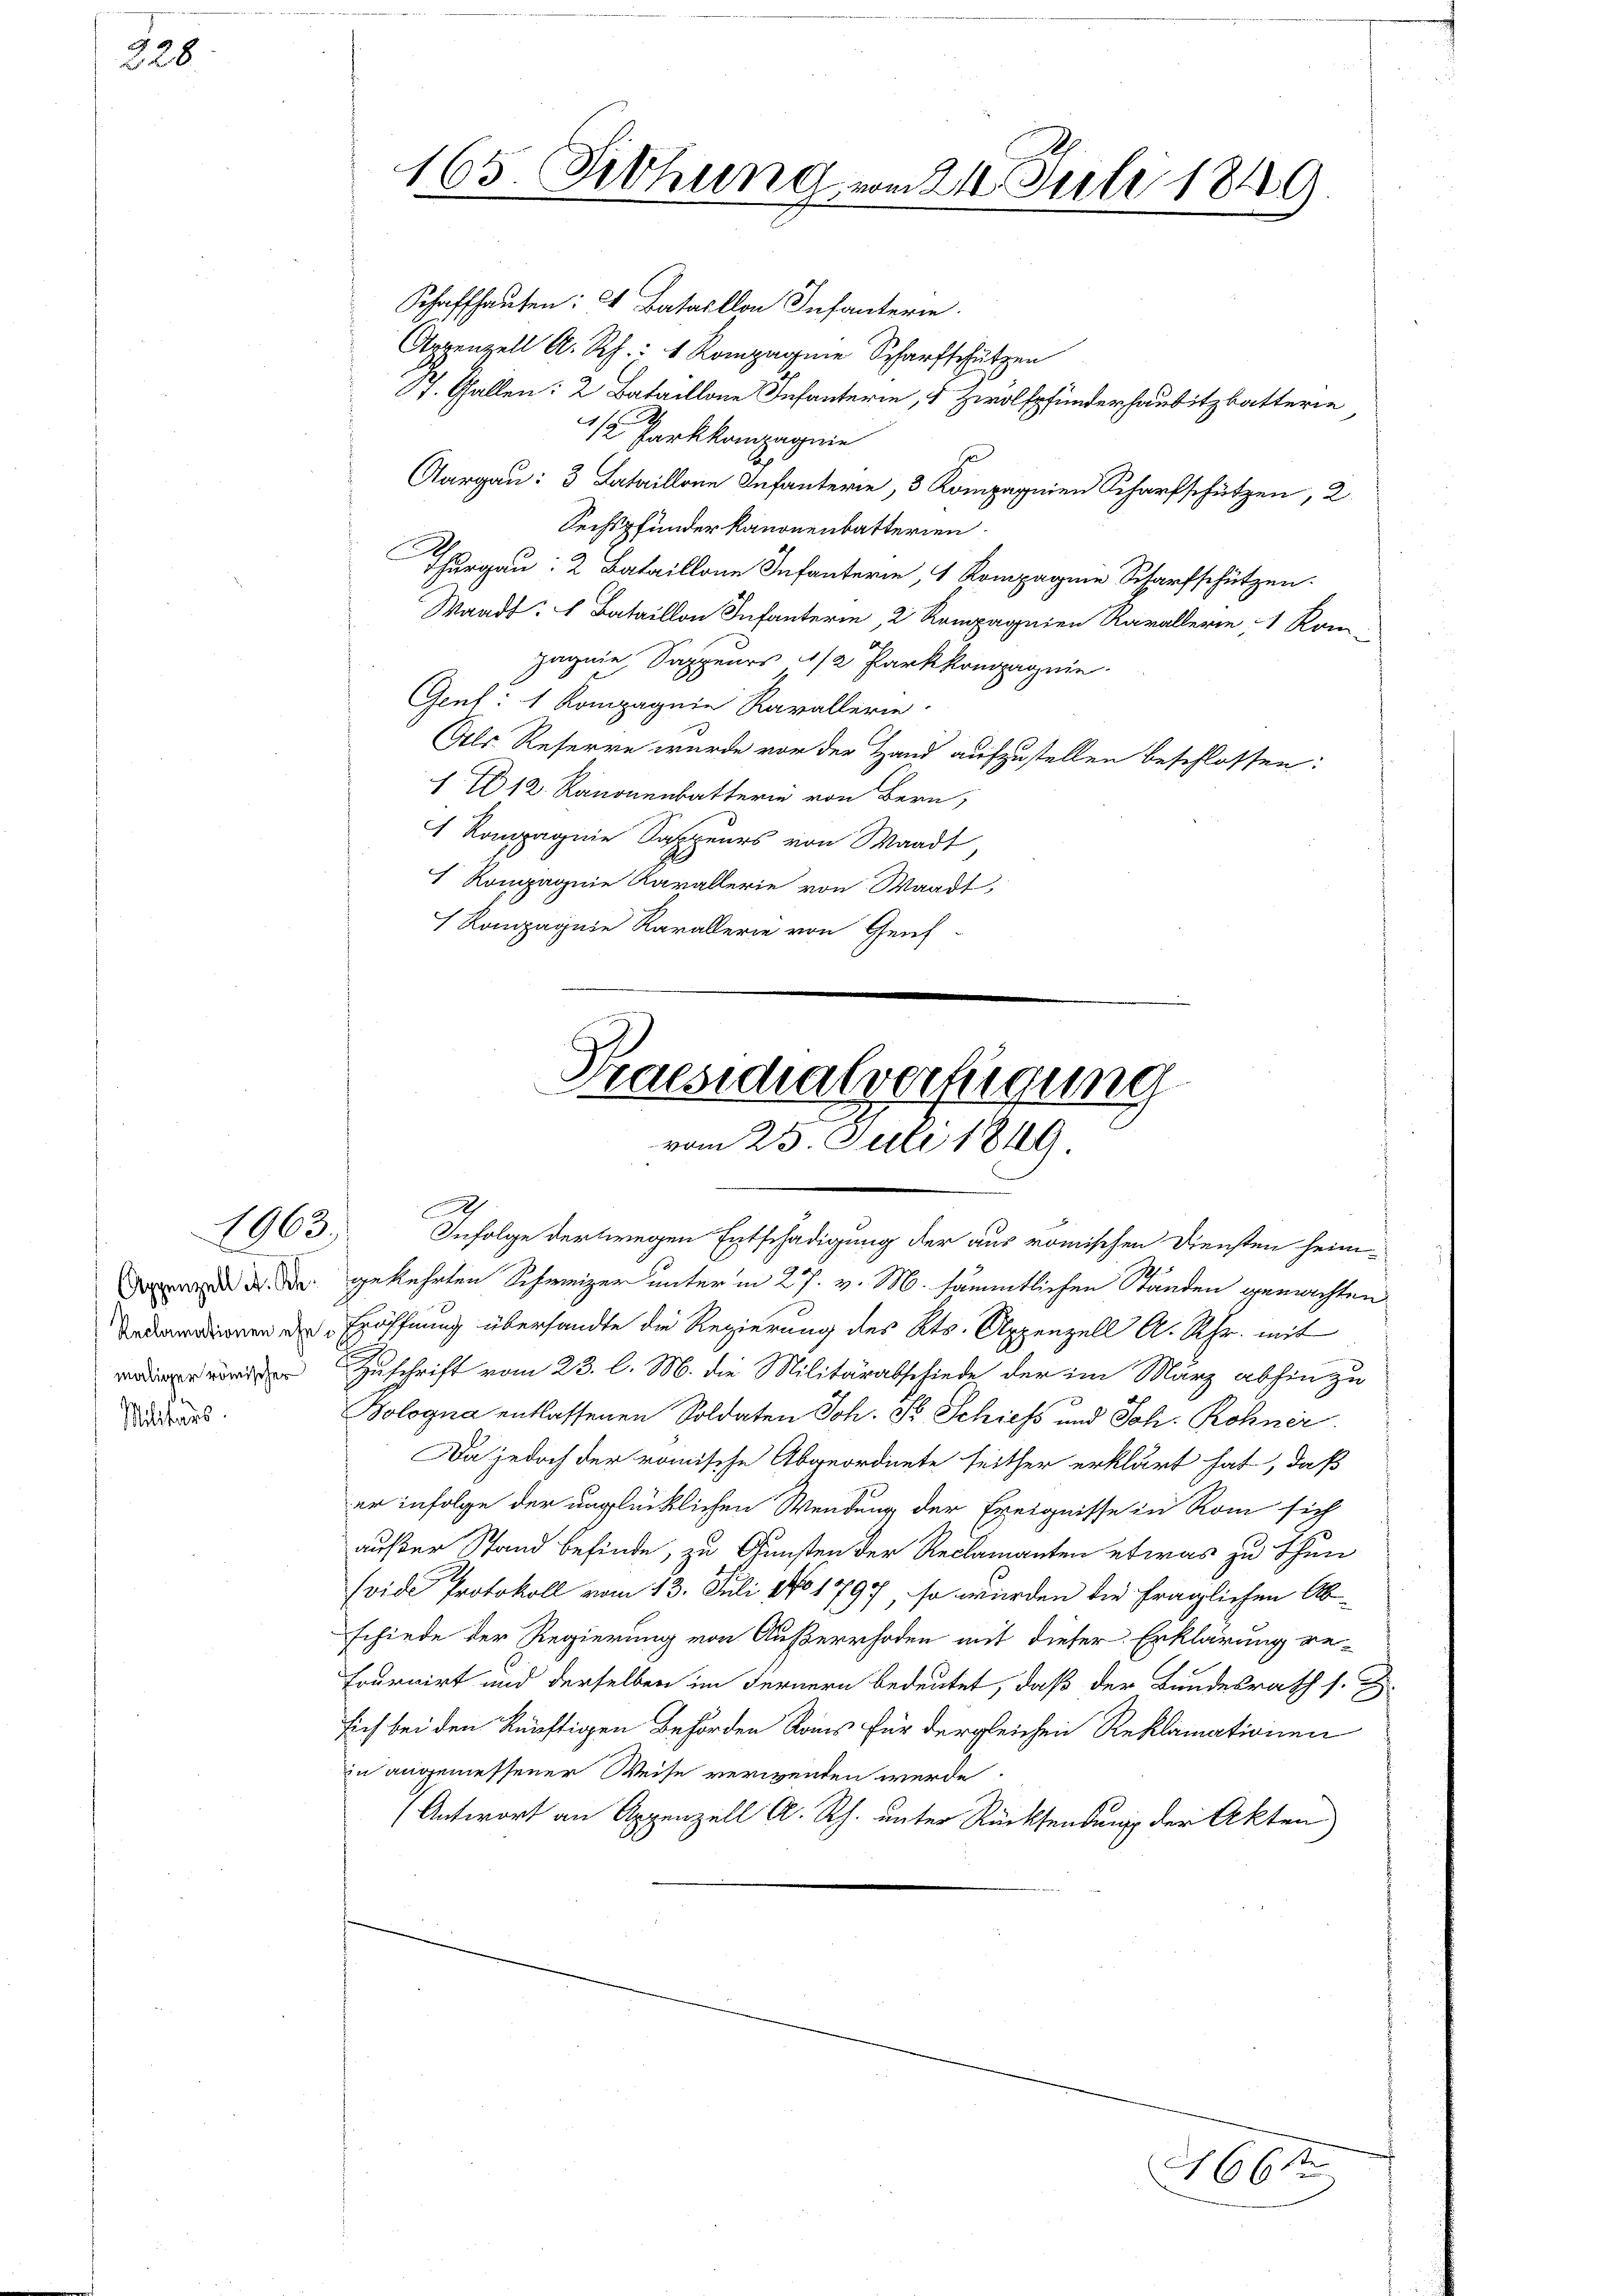
228

1963)
2

Militars.

165. Siehung vom 21. Juli 1849.

Schaffhausen: 2 Bataillon Infanterie.
Appenzell A. Rh.: 1 Rompagnie Scharfschützen
7. Gallen: 2 Bataillone Infanterie, 1 Zwölfpfunderhausitzbatterie
/2 Parkkompagnie
Aargau: 3 Lataillone Infanterie, 3 Kompagnien Scharfschützen, 2.
Sechspfunder kanonenbatterien.
E
Thurgau: 2 Bataillone Infanterie, 1 Kompagnie Scharfschützen.
Waadt: Bataillon Infanterin, 2 Kompagnien Ravallerie 1 Kom-
pagnie, Sappeurs 1/2 Parkkompagnie
Gent: 1 Kompagnie Kavallerie.
Als Reserre wurde vor der Hand aufzustellen beschlossen:
1 12. Kanonenbatterie von Bern,
 Kompagnie Sappeurs von Waadt,
 Rompagnie Karallerie von Waadt,
 Rompagnie Karallerie von Genf

A

Praesidialverfügung
vom 25. Juli 1849.

Infolge der wegen Entschädigung der aus römischen Diensten heim¬
 dr. Der gekehrten Schweizer unter in 27. v. M. sämmtlichen Ständen gemachten
ddienen der Eröffnung übersandte die Regierung des Kts. Appenzell A. Rh. mit
rer Zuschrift vom 23. l. M. die Militärabschiede der im März abhin zu
Bologna entlassenen Soldaten Joh. S. Schiefs und Joh. Röhner.
Da jedoch der römische Abgeordnete seither erklärt hat, daß
er infolge der unglücklichen Wendung der Ereignisse in Rom sich
außer Stand befinde, zu Gunsten der Reclamanten etwas zu thun
Evide Protokoll vom 13. Juli 101797, so würden die fraglichen Abschiede der Regierung von Außerrhoden mit dieser Erklärung re-
tournirt und derselben im Fernern bedeutet, daß der Bundesrath s. D
sich bei den künftigen Behörden Roms für dergleichen Reklamationen
in angemessener Weise verwenden werde
Antwort an Appenzell A. Rh. unter Rücksendung der Akten

4661